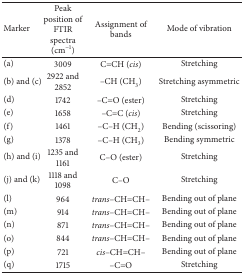
| Marker | Peak position of FTIR spectra (cm−1) | Assignment of bands | Mode of vibration |
 | --- | --- | --- | --- |
 | (a) | 3009 | C=CH (cis) | Stretching |
 | (b) and (c) | 2922 and 2852 | –CH (CH3) | Stretching asymmetric |
 | (d) | 1742 | –C=O (ester) | Stretching |
 | (e) | 1658 | –C=C (cis) | Stretching |
 | (f) | 1461 | –C–H (CH2) | Bending (scissoring) |
 | (g) | 1378 | –C–H (CH3) | Bending symmetric |
 | (h) and (i) | 1235 and 1161 | C–O (ester) | Stretching |
 | (j) and (k) | 1118 and 1098 | C–O | Stretching |
 | (l) | 964 | trans–CH=CH– | Bending out of plane |
 | (m) | 914 | trans–CH=CH– | Bending out of plane |
 | (n) | 871 | trans–CH=CH– | Bending out of plane |
 | (o) | 844 | trans–CH=CH– | Bending out of plane |
 | (p) | 721 | cis–CH=CH– | Bending out of plane |
 | (q) | 1715 | –C=O | Stretching |